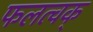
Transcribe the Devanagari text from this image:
फलत्वक्‌